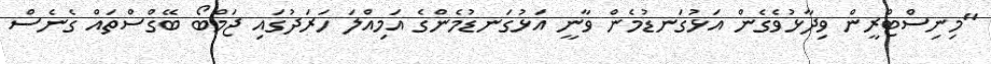
"މިނިސްޓްރީން ވިދާޅުވެގެން އަޅުގަނޑުމެން ވާނީ އަޅުގަނޑުމެންގެ އަމިއްލަ ހަރަދުގައި ޖަމްބޯ ބޭގްސްތައް ގެނެސް